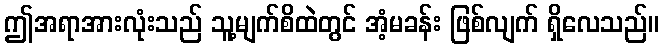
ဤအရာအားလုံးသည် သူ့မျက်စိထဲတွင် အံ့မခန်း ဖြစ်လျက် ရှိလေသည်။